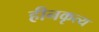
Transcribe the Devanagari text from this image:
हीनकृत्य